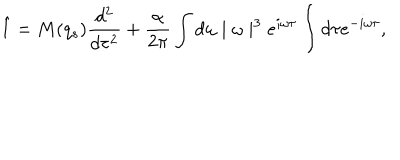
\hat { l } = M ( q _ { s } ) \frac { d ^ { 2 } } { d \tau ^ { 2 } } + \frac { \alpha } { 2 \pi } \int d \omega \mid \omega \mid ^ { 3 } e ^ { i \omega \tau } \int d \tau e ^ { - i \omega \tau } ,